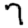
Digit: 7